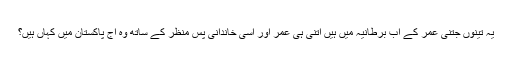
یہ تینوں جتنی عمر کے اب برطانیہ میں ہیں اتنی ہی عمر اور اسی خاندانی پس منظر کے ساتھ وہ آج پاکستان میں کہاں ہیں؟